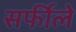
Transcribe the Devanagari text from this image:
सर्फीले